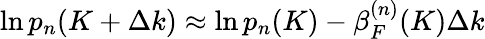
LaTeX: \ln p_{n}(K+\Delta k)\approx\ln p_{n}(K)-\beta_{F}^{(n)}(K)\Delta k